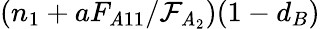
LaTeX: (n_{1}+aF_{\mathit{A}11}/\mathcal{{F}}_{\mathit{A}_{2}})(1-d_{B})